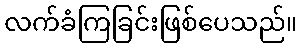
လက်ခံကြခြင်းဖြစ်ပေသည်။